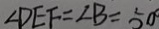
\angle D E F = \angle B = 5 0 ^ { \circ }